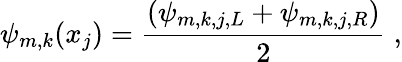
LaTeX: \psi_{m,k}(x_{j})=\frac{\left(\psi_{m,k,j,L}+\psi_{m,k,j,R}\right)}{2}\; ,